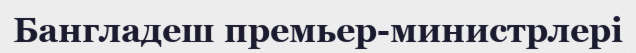
Бангладеш премьер-министрлері